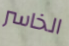
الخاسر